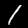
Label: 1